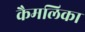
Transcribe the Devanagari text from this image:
कैमलिका